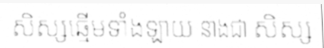
សិស្សឆ្មើមទាំងឡាយ នាងជា សិស្ស